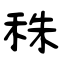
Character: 秼